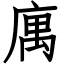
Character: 庽